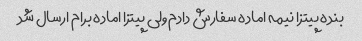
بنده پیتزا نیمه اماده سفارش دادم ولی پیتزا اماده برام ارسال شد